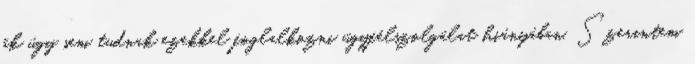
ők úgy sem tudnak ezekkel foglalkozni ügyfélszolgálat hiányában. Szerintem